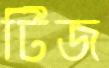
টিজ